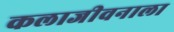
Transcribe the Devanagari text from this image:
कलाजीवनाला